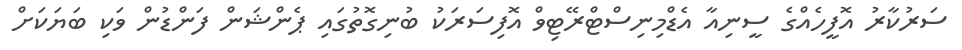
ސަރުކާރު އޮފީހެއްގެ ސީނިއާ އެޑްމިނިސްޓްރޭޓިވް އޮފިސަރަކު ބުނިގޮތުގައި ޕެންޝަން ފަންޑުން ވަކި ބަޔަކަށް